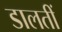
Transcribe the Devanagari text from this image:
डालतीं